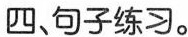
四、句子练习。